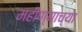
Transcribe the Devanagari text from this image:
महीण्याच्या